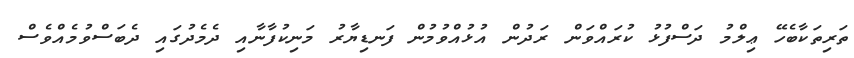
ތަރިތަކާބެހޭ ޢިލްމު ދަސްފުޅު ކުރައްވަން ރަދުން އުޅުއްވުމުން ފަނޑިޔާރު މަނިކުފާނާއި ދެމެދުގައި ދެބަސްވުމެއްވެސް